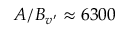
A / B _ { v ^ { \prime } } \approx 6 3 0 0